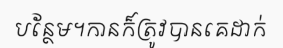
បន្ថែម។កានក៏ត្រូវបានគេដាក់